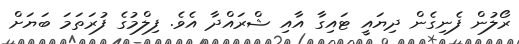
ރޯލުން ފެނިގެން ދިޔައީ ޓައިގާ އާއި ޝްރައްދާ އެވެ. ފިލްމުގެ ފުރަތަމަ ބަޔަަށް